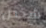
شخص